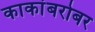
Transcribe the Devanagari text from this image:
काकांबरोबर